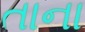
તાના